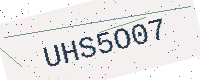
Text: UHS5O07